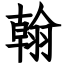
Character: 翰